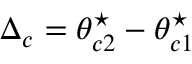
\Delta _ { c } = \theta _ { c 2 } ^ { \star } - \theta _ { c 1 } ^ { \star }